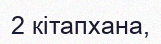
2 кітапхана,